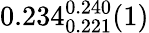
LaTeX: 0.234_{0.221}^{0.240}(1)